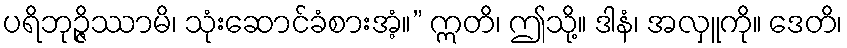
ပရိဘုဉ္ဇိဿာမိ၊ သုံးဆောင်ခံစားအံ့။” ဣတိ၊ ဤသို့။ ဒါနံ၊ အလှူကို။ ဒေတိ၊